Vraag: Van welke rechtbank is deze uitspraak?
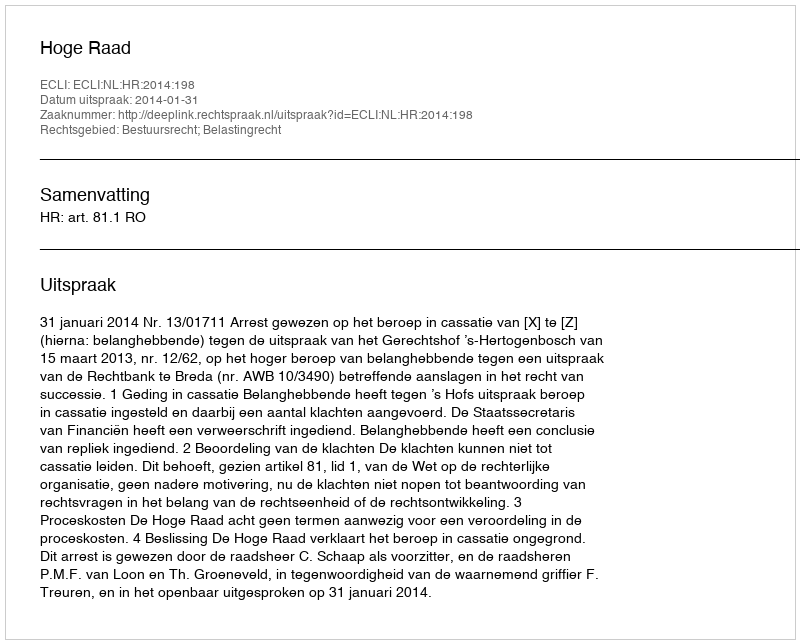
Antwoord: Hoge Raad